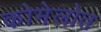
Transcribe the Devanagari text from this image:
कोमेलोत